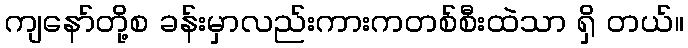
ကျနော်တို့စ ခန်းမှာလည်းကားကတစ်စီးထဲသာ ရှိ တယ်။